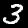
Label: 3